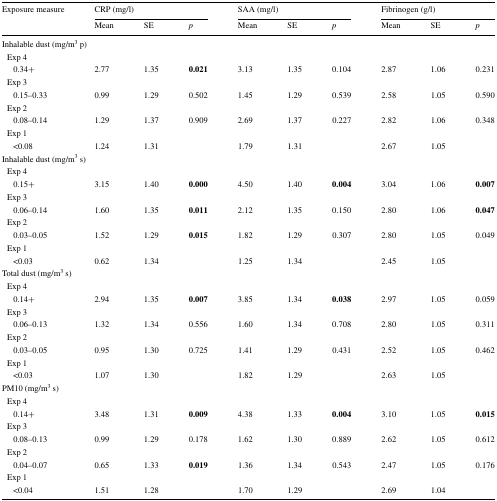
<table><thead><tr><td rowspan="2"><b>Exposure measure</b></td><td colspan="3"><b>CRP (mg/l)</b></td><td colspan="3"><b>SAA (mg/l)</b></td><td colspan="3"><b>Fibrinogen (g/l)</b></td></tr><tr><td><b>Mean</b></td><td><b>SE</b></td><td><b><i>p</i></b></td><td><b>Mean</b></td><td><b>SE</b></td><td><b><i>p</i></b></td><td><b>Mean</b></td><td><b>SE</b></td><td><b><i>p</i></b></td></tr></thead><tbody><tr><td colspan="10">Inhalable dust (mg/m<sup>3</sup> p)</td></tr><tr><td colspan="10"> Exp 4</td></tr><tr><td>0.34+</td><td>2.77</td><td>1.35</td><td><b>0.021</b></td><td>3.13</td><td>1.35</td><td>0.104</td><td>2.87</td><td>1.06</td><td>0.231</td></tr><tr><td colspan="10"> Exp 3</td></tr><tr><td>0.15–0.33</td><td>0.99</td><td>1.29</td><td>0.502</td><td>1.45</td><td>1.29</td><td>0.539</td><td>2.58</td><td>1.05</td><td>0.590</td></tr><tr><td colspan="10"> Exp 2</td></tr><tr><td>0.08–0.14</td><td>1.29</td><td>1.37</td><td>0.909</td><td>2.69</td><td>1.37</td><td>0.227</td><td>2.82</td><td>1.06</td><td>0.348</td></tr><tr><td colspan="10"> Exp 1</td></tr><tr><td>&lt;0.08</td><td>1.24</td><td>1.31</td><td></td><td>1.79</td><td>1.31</td><td></td><td>2.67</td><td>1.05</td><td></td></tr><tr><td colspan="10">Inhalable dust (mg/m<sup>3</sup> s)</td></tr><tr><td colspan="10"> Exp 4</td></tr><tr><td>0.15+</td><td>3.15</td><td>1.40</td><td><b>0.000</b></td><td>4.50</td><td>1.40</td><td><b>0.004</b></td><td>3.04</td><td>1.06</td><td><b>0.007</b></td></tr><tr><td colspan="10"> Exp 3</td></tr><tr><td>0.06–0.14</td><td>1.60</td><td>1.35</td><td><b>0.011</b></td><td>2.12</td><td>1.35</td><td>0.150</td><td>2.80</td><td>1.06</td><td><b>0.047</b></td></tr><tr><td colspan="10"> Exp 2</td></tr><tr><td>0.03–0.05</td><td>1.52</td><td>1.29</td><td><b>0.015</b></td><td>1.82</td><td>1.29</td><td>0.307</td><td>2.80</td><td>1.05</td><td>0.049</td></tr><tr><td colspan="10"> Exp 1</td></tr><tr><td>&lt;0.03</td><td>0.62</td><td>1.34</td><td></td><td>1.25</td><td>1.34</td><td></td><td>2.45</td><td>1.05</td><td></td></tr><tr><td colspan="10">Total dust (mg/m<sup>3</sup> s)</td></tr><tr><td colspan="10"> Exp 4</td></tr><tr><td>0.14+</td><td>2.94</td><td>1.35</td><td><b>0.007</b></td><td>3.85</td><td>1.34</td><td><b>0.038</b></td><td>2.97</td><td>1.05</td><td>0.059</td></tr><tr><td colspan="10"> Exp 3</td></tr><tr><td>0.06–0.13</td><td>1.32</td><td>1.34</td><td>0.556</td><td>1.60</td><td>1.34</td><td>0.708</td><td>2.80</td><td>1.05</td><td>0.311</td></tr><tr><td colspan="10"> Exp 2</td></tr><tr><td>0.03–0.05</td><td>0.95</td><td>1.30</td><td>0.725</td><td>1.41</td><td>1.29</td><td>0.431</td><td>2.52</td><td>1.05</td><td>0.462</td></tr><tr><td colspan="10"> Exp 1</td></tr><tr><td>&lt;0.03</td><td>1.07</td><td>1.30</td><td></td><td>1.82</td><td>1.29</td><td></td><td>2.63</td><td>1.05</td><td></td></tr><tr><td colspan="10">PM10 (mg/m<sup>3</sup> s)</td></tr><tr><td colspan="10"> Exp 4</td></tr><tr><td>0.14+</td><td>3.48</td><td>1.31</td><td><b>0.009</b></td><td>4.38</td><td>1.33</td><td><b>0.004</b></td><td>3.10</td><td>1.05</td><td><b>0.015</b></td></tr><tr><td colspan="10"> Exp 3</td></tr><tr><td>0.08–0.13</td><td>0.99</td><td>1.29</td><td>0.178</td><td>1.62</td><td>1.30</td><td>0.889</td><td>2.62</td><td>1.05</td><td>0.612</td></tr><tr><td colspan="10"> Exp 2</td></tr><tr><td>0.04–0.07</td><td>0.65</td><td>1.33</td><td><b>0.019</b></td><td>1.36</td><td>1.34</td><td>0.543</td><td>2.47</td><td>1.05</td><td>0.176</td></tr><tr><td colspan="10"> Exp 1</td></tr><tr><td>&lt;0.04</td><td>1.51</td><td>1.28</td><td></td><td>1.70</td><td>1.29</td><td></td><td>2.69</td><td>1.04</td><td></td></tr></tbody></table>